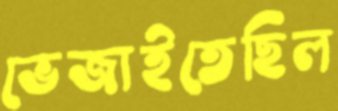
ভেজাইতেছিল